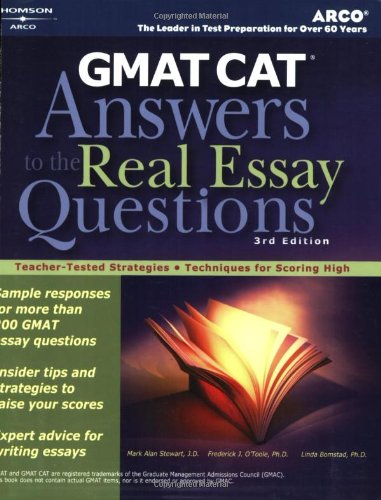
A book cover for GMAT: Answers to the Real Essay Questions; Mark A. Stewart; Test Preparation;